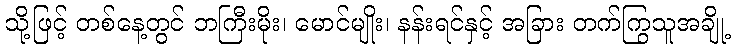
သို့ဖြင့် တစ်နေ့တွင် ဘကြီးမိုး၊ မောင်မျိုး၊ နန်းရင်နှင့် အခြား တက်ကြွသူအချို့